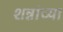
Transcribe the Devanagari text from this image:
शन्नांच्या